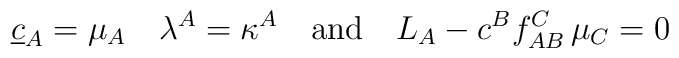
\underline{c}_A = \mu_A \quad \lambda^A = \kappa ^A \quad \mbox{and} \quad L_A - c^B f_{AB}^C \,\mu_C = 0